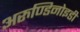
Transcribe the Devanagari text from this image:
अरुण्डिनोइडी